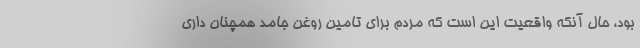
بود، حال آنکه واقعیت این است که مردم برای تامین روغن جامد همچنان داری